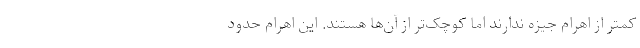
کمتر از اهرام جیزه ندارند اما کوچک‌تر از آن‌ها هستند. این اهرام حدود